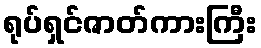
ရုပ်ရှင်ဇာတ်ကားကြီး